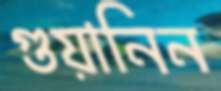
গুয়ানিন